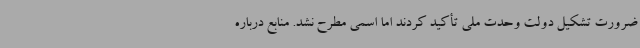
ضرورت تشکیل دولت وحدت ملی تأکید کردند اما اسمی مطرح نشد. منابع درباره